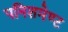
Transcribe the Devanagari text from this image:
पनिशमेण्ट